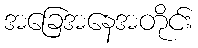
အခြေအနေအတိုင်း